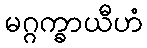
မဂ္ဂက္ခာယီဟံ